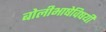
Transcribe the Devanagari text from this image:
बोलीभाषेविषयी